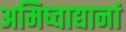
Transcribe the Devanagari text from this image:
अमिष्वाद्यानां